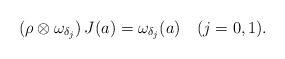
LaTeX: \begin{align*}(\rho \otimes \omega_{\delta_j})\, J(a) = \omega_{\delta_j}(a) \quad(j=0,1).\end{align*}